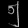
Digit: ၅